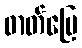
ဓာတ်မြေ